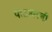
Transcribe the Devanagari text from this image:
पाटावरची